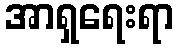
အာရှရေးရာ